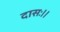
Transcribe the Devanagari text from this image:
दासः।।